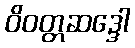
ဝိဝတ္တဆဒ္ဒေါ